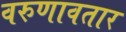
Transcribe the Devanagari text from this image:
वरुणावतार